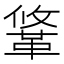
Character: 䩦